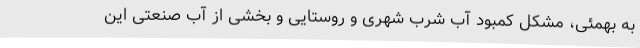
به بهمئی، مشکل کمبود آب شرب شهری و روستایی و بخشی از آب صنعتی این